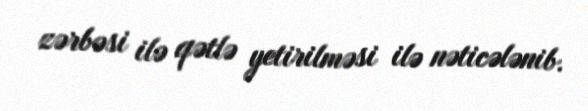
zərbəsi ilə qətlə yetirilməsi ilə nəticələnib.